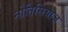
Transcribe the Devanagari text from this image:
नोतिसियाज